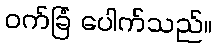
ဝက်ခြံ ပေါက်သည်။